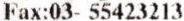
FAX:03- 55423213